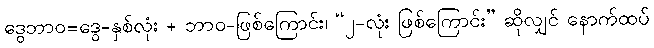
ဒွေဘာဝ=ဒွေ-နှစ်လုံး + ဘာဝ-ဖြစ်ကြောင်း၊ “၂-လုံး ဖြစ်ကြောင်း” ဆိုလျှင် နောက်ထပ်